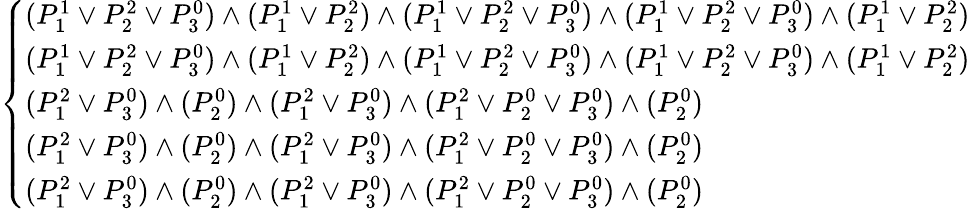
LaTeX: {\left\{ \begin{array}{ll}{(P_{1}^{1}\lor P_{2}^{2}\lor P_{3}^{0})\land(P_{1}^{1}\lor P_{2}^{2})\land(P_{1}^{1}\lor P_{2}^{2}\lor P_{3}^{0})\land(P_{1}^{1}\lor P_{2}^{2}\lor P_{3}^{0})\land(P_{1}^{1}\lor P_{2}^{2})}\\ {(P_{1}^{1}\lor P_{2}^{2}\lor P_{3}^{0})\land(P_{1}^{1}\lor P_{2}^{2})\land(P_{1}^{1}\lor P_{2}^{2}\lor P_{3}^{0})\land(P_{1}^{1}\lor P_{2}^{2}\lor P_{3}^{0})\land(P_{1}^{1}\lor P_{2}^{2})}\\ {(P_{1}^{2}\lor P_{3}^{0})\land(P_{2}^{0})\land(P_{1}^{2}\lor P_{3}^{0})\land(P_{1}^{2}\lor P_{2}^{0}\lor P_{3}^{0})\land(P_{2}^{0})}\\ {(P_{1}^{2}\lor P_{3}^{0})\land(P_{2}^{0})\land(P_{1}^{2}\lor P_{3}^{0})\land(P_{1}^{2}\lor P_{2}^{0}\lor P_{3}^{0})\land(P_{2}^{0})}\\ {(P_{1}^{2}\lor P_{3}^{0})\land(P_{2}^{0})\land(P_{1}^{2}\lor P_{3}^{0})\land(P_{1}^{2}\lor P_{2}^{0}\lor P_{3}^{0})\land(P_{2}^{0})}\end{array}\right.}